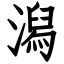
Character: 潟